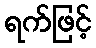
ရက်ဖြင့်